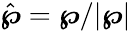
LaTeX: \hat{\boldsymbol{\wp}}=\boldsymbol{\wp}/|\boldsymbol{\wp}|